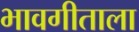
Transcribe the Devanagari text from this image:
भावगीताला